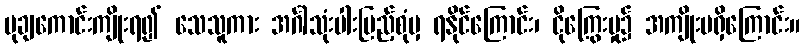
မုချကောင်းကျိုးရ၍ သေသူကား အင်္ဂါသုံးပါးပြည့်စုံမှ ရနိုင်ကြောင်း၊ ငိုကြွေးမှု၌ အကျိုးမရှိကြောင်း။